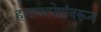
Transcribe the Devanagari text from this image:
हालअपेष्टांवरून